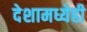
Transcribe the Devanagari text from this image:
देशामध्येही